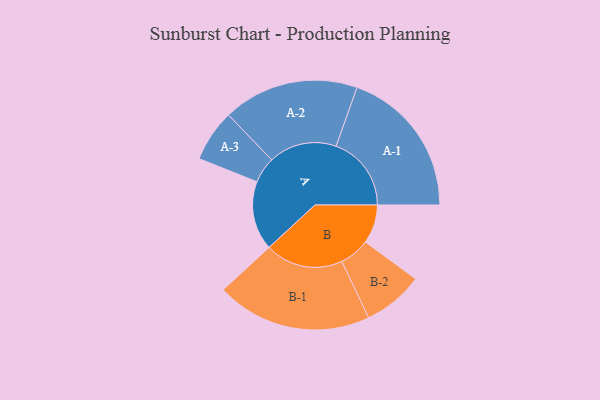
{"axis": {"x": "Segment", "y": "Value"}, "legend": ["", "A", "B"], "data": [{"x": "A", "y": 265, "type": ""}, {"x": "B", "y": 149, "type": ""}, {"x": "A-1", "y": 289, "type": "A"}, {"x": "A-2", "y": 261, "type": "A"}, {"x": "A-3", "y": 100, "type": "A"}, {"x": "B-1", "y": 299, "type": "B"}, {"x": "B-2", "y": 116, "type": "B"}]}